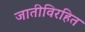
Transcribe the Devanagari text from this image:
जातीविरहित